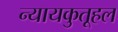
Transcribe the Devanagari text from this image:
न्यायकुतूहल